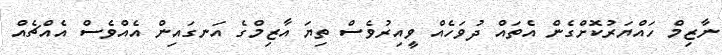
ނާޒިމް ހައްޔަރުކޮށްގެން އެތައް ދުވަހެއް ވީއިރުވެސް ތިޔަ އާޒިމްގެ އަނގައިން އެއްވެސް އެއްޗެއް